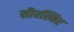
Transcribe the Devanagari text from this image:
सौरस्थिर